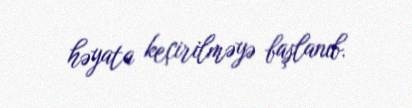
həyata keçirilməyə başlanıb.